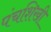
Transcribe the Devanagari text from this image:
पंचशिखी